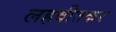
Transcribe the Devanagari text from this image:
लहवीतकर